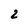
Character: 2